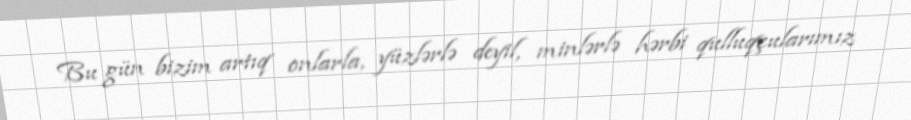
Bu gün bizim artıq onlarla, yüzlərlə deyil, minlərlə hərbi qulluqçularımız